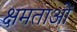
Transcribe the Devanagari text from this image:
क्षमताआें